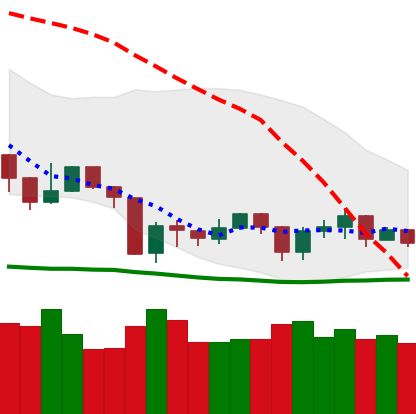
Ticker: NEO-USD
Chart end date: 2019-08-27
Forward return: -8.241%
Label: down_7plus